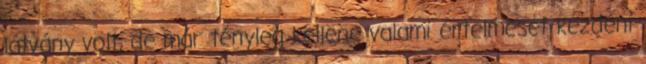
látvány volt, de már tényleg kellene valami értelmeset kezdeni